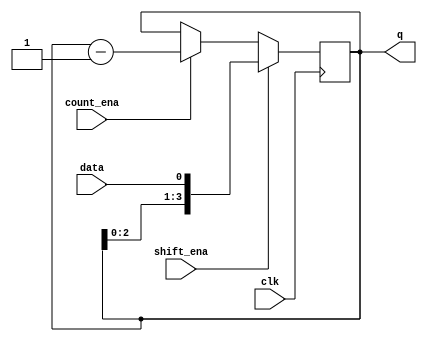
module top_module (
    input clk,
    input shift_ena,
    input count_ena,
    input data,
    output [3:0] q
  );

	reg [3:0] shift_temp;

	always @(posedge clk) begin
		if (shift_ena) begin
			shift_temp <= {shift_temp[2:0], data};
		end
		else if (count_ena) begin
			shift_temp <= shift_temp - 1'b1;
		end 
	end

	assign q = shift_temp;
	
endmodule